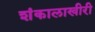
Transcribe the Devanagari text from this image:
शंकालाखीरी